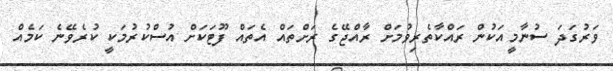
ވަރުގަދަ ސުނާމީއަކުން ރައްކާތެރިވުމަށް ރާއްޖޭގެ ރަށްތައް އެތައް ފޫޓަކަށް އުސްކުރުމަކީ ކުރެވޭނެ ކަމެއް